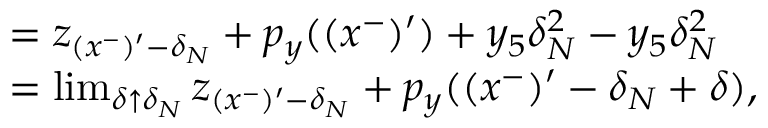
\begin{array} { r l } & { = z _ { ( x ^ { - } ) ^ { \prime } - \delta _ { N } } + p _ { y } ( ( x ^ { - } ) ^ { \prime } ) + y _ { 5 } \delta _ { N } ^ { 2 } - y _ { 5 } \delta _ { N } ^ { 2 } } \\ & { = \operatorname* { l i m } _ { \delta \uparrow \delta _ { N } } z _ { ( x ^ { - } ) ^ { \prime } - \delta _ { N } } + p _ { y } ( ( x ^ { - } ) ^ { \prime } - \delta _ { N } + \delta ) , } \end{array}